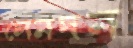
লেনদন